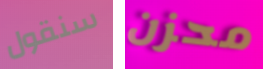
سنقول محزن